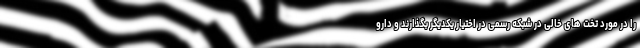
را در مورد تخت های خالی در شبکه رسمی در اختیار یکدیگر بگذارند و دارو